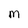
Character: M